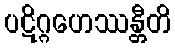
ပဋိဂ္ဂဟေဿန္တီတိ